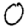
Digit: 0